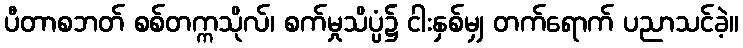
ပီတာစဘတ် စစ်တက္ကသိုလ်၊ စက်မှုသိပ္ပံ၌ ငါးနှစ်မျှ တက်ရောက် ပညာသင်ခဲ့။